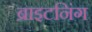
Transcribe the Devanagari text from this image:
ब्राइटनिंग